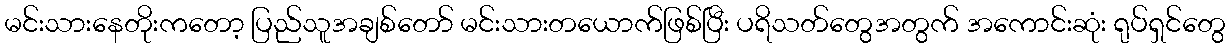
မင်းသားနေတိုးကတော့ ပြည်သူအချစ်တော် မင်းသားတယောက်ဖြစ်ပြီး ပရိသတ်တွေအတွက် အကောင်းဆုံး ရုပ်ရှင်တွေ